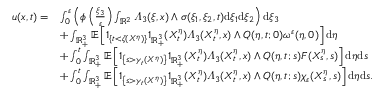
\begin{array} { r l } { u ( x , t ) = } & { \int _ { 0 } ^ { \varepsilon } \left( \phi \left( \frac { \xi _ { 3 } } { \varepsilon } \right) \int _ { \mathbb { R } ^ { 2 } } \varLambda _ { 3 } ( \xi , x ) \wedge \sigma ( \xi _ { 1 } , \xi _ { 2 } , t ) \mathrm { d } \xi _ { 1 } \mathrm { d } \xi _ { 2 } \right) \mathrm { d } \xi _ { 3 } } \\ & { + \int _ { \mathbb { R } _ { + } ^ { 3 } } \mathbb { E } \left[ 1 _ { \{ t < \zeta ( X ^ { \eta } ) \} } 1 _ { \mathbb { R } _ { + } ^ { 3 } } ( X _ { t } ^ { \eta } ) \varLambda _ { 3 } ( X _ { t } ^ { \eta } , x ) \wedge Q ( \eta , t ; 0 ) \omega ^ { \varepsilon } ( \eta , 0 ) \right] \mathrm { d } \eta } \\ & { + \int _ { 0 } ^ { t } \int _ { \mathbb { R } _ { + } ^ { 3 } } \mathbb { E } \left[ 1 _ { \left\{ s > \gamma _ { t } ( X ^ { \eta } ) \right\} } 1 _ { \mathbb { R } _ { + } ^ { 3 } } ( X _ { t } ^ { \eta } ) \varLambda _ { 3 } ( X _ { t } ^ { \eta } , x ) \wedge Q ( \eta , t ; s ) F ( X _ { s } ^ { \eta } , s ) \right] \mathrm { d } \eta \mathrm { d } s } \\ & { + \int _ { 0 } ^ { t } \int _ { \mathbb { R } _ { + } ^ { 3 } } \mathbb { E } \left[ 1 _ { \left\{ s > \gamma _ { t } ( X ^ { \eta } ) \right\} } 1 _ { \mathbb { R } _ { + } ^ { 3 } } ( X _ { t } ^ { \eta } ) \varLambda _ { 3 } ( X _ { t } ^ { \eta } , x ) \wedge Q ( \eta , t ; s ) \chi _ { \varepsilon } ( X _ { s } ^ { \eta } , s ) \right] \mathrm { d } \eta \mathrm { d } s . } \end{array}